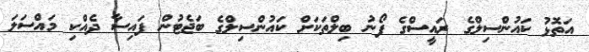
އަތޮޅު ކައުންސިލްގެ ރައީސްގެ ފޯނު ބިލްތަކަށް ކައުންސިލްގެ ބަޖެޓުން ފައިސާ ދެއްކި މައްސަަލަ